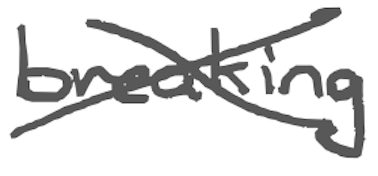
Text: breaking
Cross-out: cross
Writing tool: digital_gray